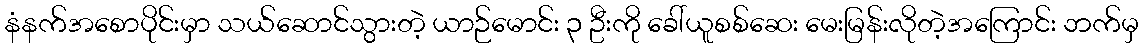
နံနက်အစောပိုင်းမှာ သယ်ဆောင်သွားတဲ့ ယာဉ်မောင်း ၃ ဦးကို ခေါ်ယူစစ်ဆေး မေးမြန်းလိုတဲ့အကြောင်း ဘက်မှ